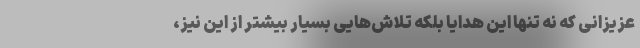
عزیزانی که نه تنها این هدایا بلکه تلاش‌هایی بسیار بیشتر از این نیز،